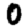
Digit: 0